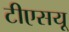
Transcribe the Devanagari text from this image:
टीएसयू